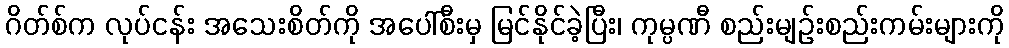
ဂိတ်စ်က လုပ်ငန်း အသေးစိတ်ကို အပေါ်စီးမှ မြင်နိုင်ခဲ့ပြီး၊ ကုမ္ပဏီ စည်းမျဉ်းစည်းကမ်းများကို